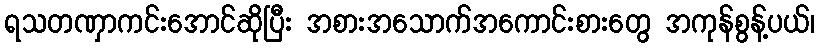
ရသတဏှာကင်းအောင်ဆိုပြီး အစားအသောက်အကောင်းစားတွေ အကုန်စွန့်ပယ်၊